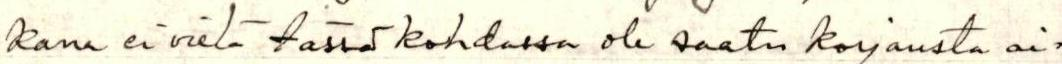
kana ei vielä tässä kohdassa ole saatu korjausta ai=